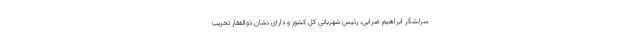
سرلشگر ابراهیم ضرابی، رئیس شهربانی کل کشور و دارای نشان ذوالفقار تخریب